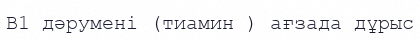
В1 дәруменi (тиамин ) ағзада дұрыс